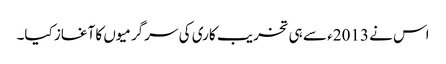
اس نے 2013ء سے ہی تخریب کاری کی سرگرمیوں کا آغاز کیا۔